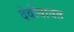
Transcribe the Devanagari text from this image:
देवीबाबत